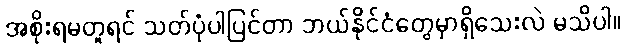
အစိုးရမတူရင် သတ်ပုံပါပြင်တာ ဘယ်နိုင်ငံတွေမှာရှိသေးလဲ မသိပါ။